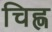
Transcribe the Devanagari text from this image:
चिह्ण